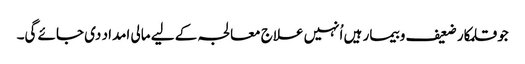
جو قلمکار ضعیف و بیمار ہیں اُنہیں علاج معالجہ کے لیے مالی امداد دی جائے گی۔